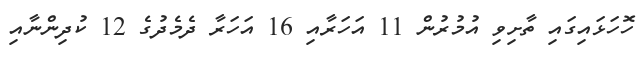
ހޮހަޅައިގައި ތާށިވި އުމުރުން 11 އަހަރާއި 16 އަހަރާ ދެމެދުގެ 12 ކުދިންނާއި